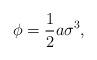
LaTeX: \begin{align*}\phi= \frac {1}{2}a \sigma^{3},\end{align*}